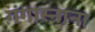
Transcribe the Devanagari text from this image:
गंगास्नाना